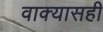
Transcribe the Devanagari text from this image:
वाक्यासही